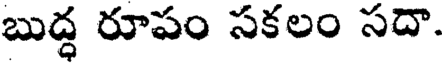
బుద్ధ రూపం సకలం సదా.